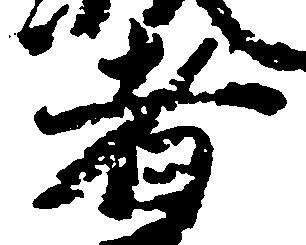
者